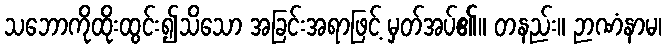
သဘောကိုထိုးထွင်း၍သိသော အခြင်းအရာဖြင့် မှတ်အပ်၏။ တနည်း။ ဉာဏံနာမ၊